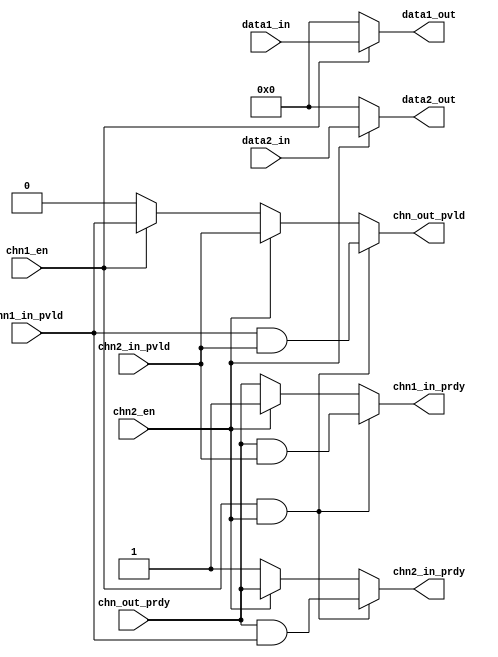
module NV_NVDLA_SDP_HLS_sync2data (
   chn1_en
  ,chn1_in_pvld
  ,chn2_en
  ,chn2_in_pvld
  ,chn_out_prdy
  ,data1_in
  ,data2_in
  ,chn1_in_prdy
  ,chn2_in_prdy
  ,chn_out_pvld
  ,data1_out
  ,data2_out
  );
parameter DATA1_WIDTH = 32;
parameter DATA2_WIDTH = 32;
input chn1_en;
input chn2_en;
input chn1_in_pvld;
output chn1_in_prdy;
input chn2_in_pvld;
output chn2_in_prdy;
output chn_out_pvld;
input chn_out_prdy;
input [DATA1_WIDTH-1:0] data1_in;
input [DATA2_WIDTH-1:0] data2_in;
output [DATA1_WIDTH-1:0] data1_out;
output [DATA2_WIDTH-1:0] data2_out;
// synoff nets
// monitor nets
// debug nets
// tie high nets
// tie low nets
// no connect nets
// not all bits used nets
// todo nets
assign chn_out_pvld = chn1_en & chn2_en ? chn1_in_pvld & chn2_in_pvld : chn2_en ? chn2_in_pvld : chn1_en ? chn1_in_pvld : 1'b0;
assign chn1_in_prdy = chn1_en & chn2_en ? chn_out_prdy & chn2_in_pvld : chn2_en ? 1'b1 : chn_out_prdy ;
assign chn2_in_prdy = chn1_en & chn2_en ? chn_out_prdy & chn1_in_pvld : chn2_en ? chn_out_prdy : 1'b1 ;
assign data1_out[DATA1_WIDTH-1:0] = chn1_en ? data1_in[DATA1_WIDTH-1:0] : {DATA1_WIDTH{1'b0}};
assign data2_out[DATA2_WIDTH-1:0] = chn2_en ? data2_in[DATA2_WIDTH-1:0] : {DATA2_WIDTH{1'b0}};
endmodule